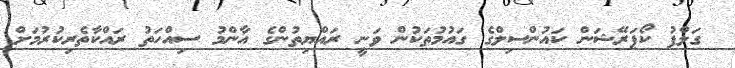
ގަލްފު ކޯޕަރޭޝަން ކައުންސިލްގެ ގައުމުތަކުން ވަނީ ރައްޔިތުންގެ އާންމު ސިއްހަތު ރައްކާތެރިކުރުމަށް